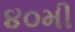
૪૦મી